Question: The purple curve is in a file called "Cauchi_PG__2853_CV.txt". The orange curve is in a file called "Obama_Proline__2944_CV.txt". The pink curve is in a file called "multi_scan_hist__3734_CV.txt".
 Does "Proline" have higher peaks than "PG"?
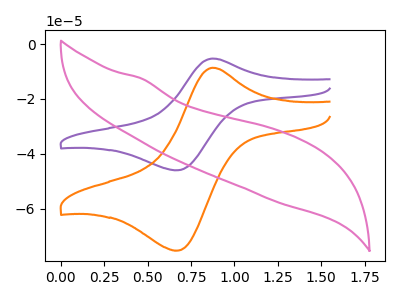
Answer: <think>The purple curve "PG" has an anodic peak at (0.85V, -5.30uA) and a cathodic peak at (0.65V, -46.00uA). The orange curve "Proline" has an anodic peak at (0.85V, -8.65uA) and a cathodic peak at (0.65V, -75.30uA). The pink curve "hist" has no peaks.</think>
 <answer>The peaks in "Proline" are neither all higher or all lower than the peaks in "PG".</answer>
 <eval>mixed</eval>